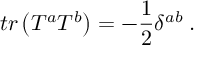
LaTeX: t r \left( T ^ { a } T ^ { b } \right) = - \frac 1 2 \delta ^ { a b } \; .